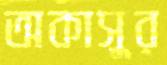
অকাসুর